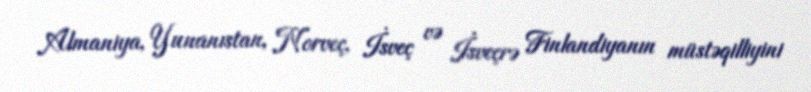
Almaniya, Yunanıstan, Norveç, İsveç və İsveçrə Finlandiyanın müstəqilliyini